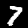
Label: 7